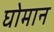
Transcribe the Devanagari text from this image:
घोमान